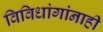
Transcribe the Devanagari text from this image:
विविधांगांनाही